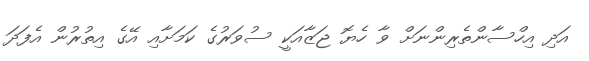
އަދި އިހްސާންތެރިންނަށް ވާ ހެޔޮ ޖަޒާއަކީ ސުވަރުގެ ކަމަށާއި އޭގެ އިތުރުން އެފަދަ